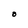
Character: O